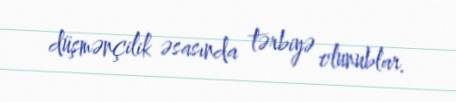
düşmənçilik əsasında tərbiyə olunublar.